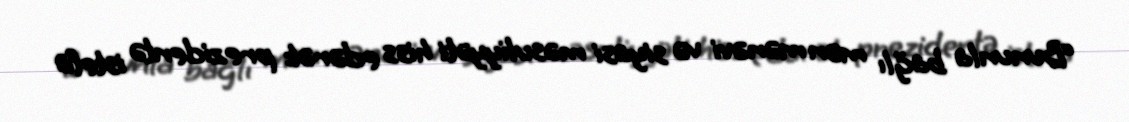
“Bununla bağlı mən mənəvi və siyasi məsuliyyəti hiss edərək prezidentə istefa